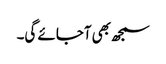
سمجھ بھی آجائے گی۔